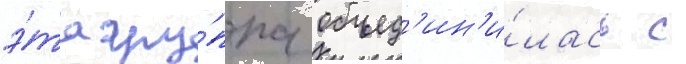
э́та гру́ппа объед'ин'и́лась с